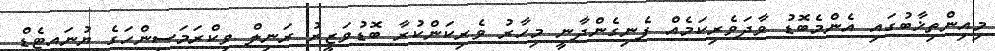
މިއިންތިޚާބުގައި އެންމެބޮޑު ވާދަވެރިކަމެއް ފެނިގެންދާނީ މިހާރު ވެރިކަންކުރާ ބޮޑުވަޒީރު ރަނިލް ވިކްރަމަސިންހަގެ ޔުނައިޓެޑް